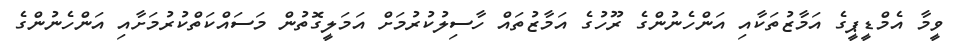
ވީމާ އެމްޑީޕީގެ އަމާޒުތަކާއި އަންހެނުންގެ ރޫހުގެ އަމާޒުތައް ހާސިލުކުރުމަށް އަމަލީގޮތުން މަސައްކަތްކުރުމަށާއި އަންހެނުންގެ